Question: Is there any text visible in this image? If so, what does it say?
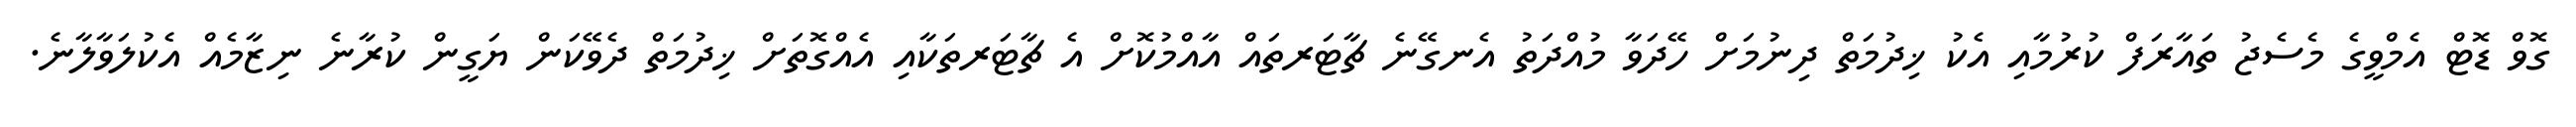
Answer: ގޮވް ޑޮޓް އެމްވީގެ މެސެޖު ތައާރަފް ކުރުމާއި އެކު ޚިދުމަތް ދިނުމަށް ހޭދަވާ މުއްދަތު އެނގޭނެ ޗާޓަރތައް އާއްމުކޮށް އެ ޗާޓަރތަކާއި އެއްގޮތަށް ޚިދުމަތް ދެވޭކަން ޔަގީން ކުރާނެ ނިޒާމެއް އެކުލަވާލާނެ.